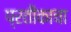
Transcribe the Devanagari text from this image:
प्रतीकाचा